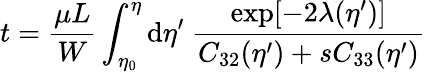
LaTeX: t=\frac{\mu L}{W}\int_{\eta_{0}}^{\eta}\mathrm{d}\eta^{\prime}\ \frac{\exp[-2\lambda(\eta^{\prime})]}{C_{32}(\eta^{\prime})+sC_{33}(\eta^{\prime})}